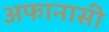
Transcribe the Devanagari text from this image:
अफानासी